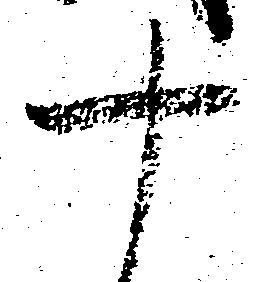
十